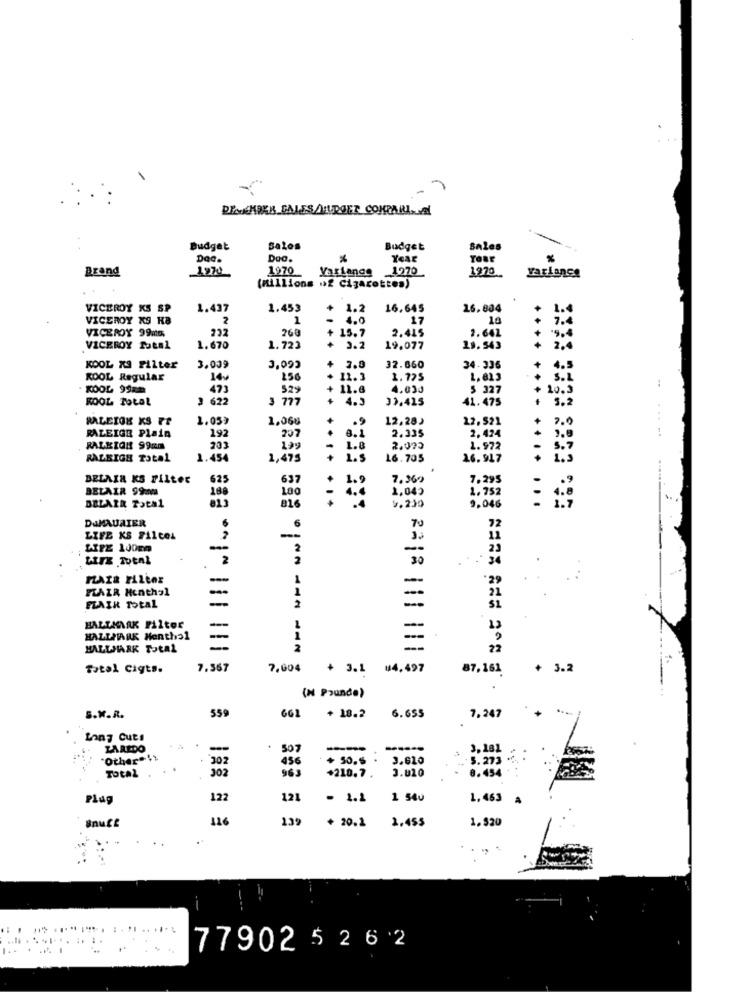
DECEMBER GALES/HURGET COMPARI. NL
Budget
Sales
Budget
SALes
Doc.
Dao.
TOBE
Brand
1970
1970
VarLange
1970
1970
Variance
(millions of Cigarettes)
VICEROY KS SP
1.437
1.453
+ 2.2
16.645
16.804
1.4
VICEROY K9 KB
2
1
17
10
+ 7.4
VICEROY 99MG,
260
15.7
1.642
+
9.4
2.415
VICEROY Total
1.670
1.723
4
3.2
19.077
19.543
+ 2.4
KOOL KS Filter
3.009
3,092
+
2.0
32.860
34.336
+ 4.5
KOOL Regular
140
256
+ 11.3
1.725
L. 813
S.L
. KOOL 99Km
473
529
+ 11.8
4.030
5 327
+ 20.3
KOOL TOLOL
3 622
3 777
4.5
33.425
41.475
5.2
RALEIGH KS PE
1,060
12,28)
22.521
+
3.0
RALEIGE Plain
192
207
.
8.1
2.335
2,424
RALEIGH 99mm
233
199
1.8
2.095
1.972
3. 7
RAZRIGE Total
1.454
1,475
+
1.5
16.705
16.917
BELAIR KS Filter
625
637
7.369
7,295
BELAIR 99mm
188
100
1.9
1,042
1.752
816
9.230
BELAIR Total
9.046
DuMAURIER
70
6
LIFE KS FALCOL
2
LIFE 100mm
-
2
--
23
2
30
-
1
--
FLAIR Menthol
-..
21
FLAIR Total
-
2
-
SI
--
HALLANAK Filter
-
HALLMARK Menthal
-
--
HALLMARK Total
-
--
22
Total Cigts.
7.367
7,004
+ 3.1 44,497
87,161
+ 3.2
(N Pounde)
S.M.R.
559
661
+ 18.2
6.655
7,247
Lon7 Cuts
ZAREDO
507
----
"Other" !!
302
436
+ 50.5 .
3.620
5.273
TotAL
302
963
3.020
8.454
+210.7 .
Plug
122
121
- 1.1
1 540
1,463
116
139
+ 20.1
2.455
1.$20
SnuCE
..
77902 5 26 2